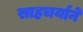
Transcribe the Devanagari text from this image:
साहचर्यानें